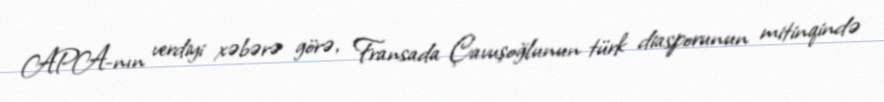
APA-nın verdiyi xəbərə görə, Fransada Çavuşoğlunun türk diasporunun mitinqində